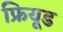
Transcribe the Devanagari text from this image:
फ्रियूड